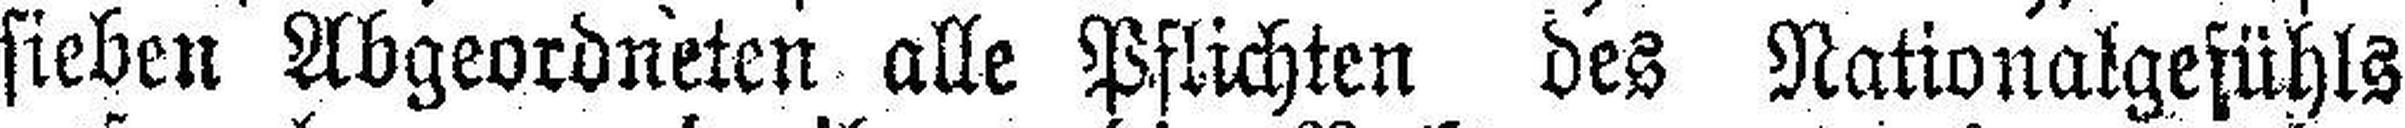
sieben Abgeordneten alle Pflichten des Nationalgefühls